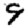
Digit: 9